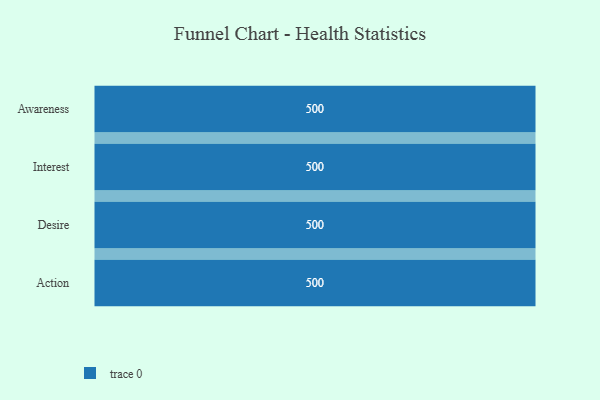
{"axis": {"x": "Stage", "y": "Value"}, "legend": [""], "data": [{"x": "Awareness", "y": 500, "type": ""}, {"x": "Interest", "y": 500, "type": ""}, {"x": "Desire", "y": 500, "type": ""}, {"x": "Action", "y": 500, "type": ""}]}